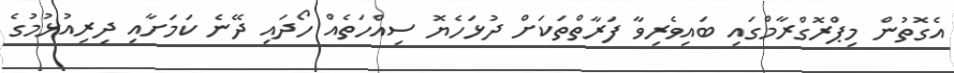
އެގޮތުން މިޕްރޮގްރާމްގައި ބައިވެރިވާ ފަރާތްތަކަށް ދުޅަހެޔޮ ސިއްހަތެއް ހޯދައި ދޭނެ ކަމަށާއި ދިރިއުޅުމުގެ